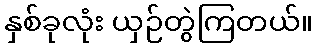
နှစ်ခုလုံး ယှဉ်တွဲကြတယ်။